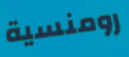
رومنسية